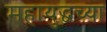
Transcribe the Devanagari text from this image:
महायुद्धच्या